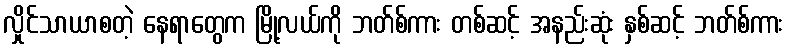
လှိုင်သာယာစတဲ့ နေရာတွေက မြို့လယ်ကို ဘတ်စ်ကား တစ်ဆင့် အနည်းဆုံး နှစ်ဆင့် ဘတ်စ်ကား